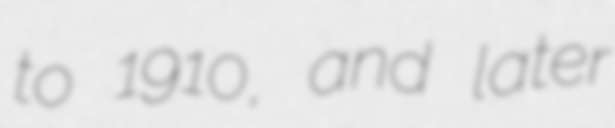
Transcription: to 1910, and later